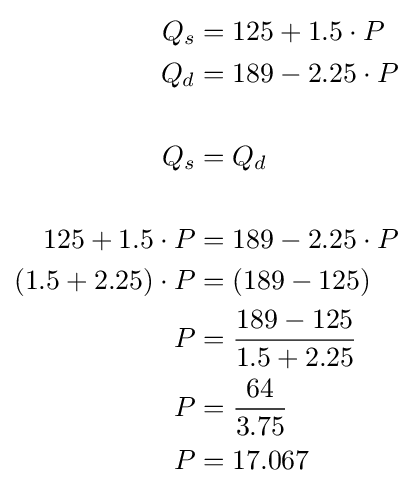
{\begin{alignedat}{2}Q_{s}&=125+1.5\cdot P\\Q_{d}&=189-2.25\cdot P\\\\Q_{s}&=Q_{d}\\\\125+1.5\cdot P&=189-2.25\cdot P\\(1.5+2.25)\cdot P&=(189-125)\\P&={\frac {189-125}{1.5+2.25}}\\P&={\frac {64}{3.75}}\\P&=17.067\\\end{alignedat}}